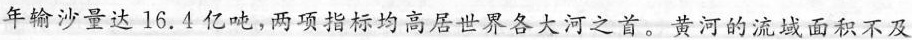
年输沙量达16.4亿吨，两项指标均高居世界各大河之首。黄河的流域面积不及